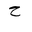
Letter: _ha